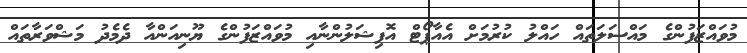
މުވައްޒަފުންގެ މައްސަލަތައް ހައްލު ކުރުމަށް އެއާޕޯޓް އޮފިޝަލުންނާއި މުވައްޒަފުންގެ ޔޫނިއަންއާ ދެމެދު މަޝްވަރާތައް